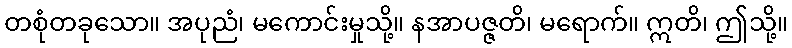
တစုံတခုသော။ အပုညံ၊ မကောင်းမှုသို့။ နအာပဇ္ဇတိ၊ မရောက်။ ဣတိ၊ ဤသို့။